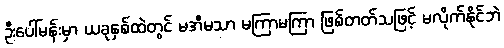
ဦးပေါ်မန်းမှာ ယခုနှစ်ထဲတွင် မအီမသာ မကြာမကြာ ဖြစ်တတ်သဖြင့် မလိုက်နိုင်ဘဲ